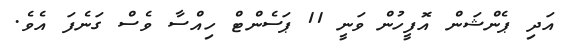
އަދި ޕެންޝަން އޮފީހުން ވަނީ 11 ޕަސެންޓް ހިއްސާ ވެސް ގަނެފަ އެވެ.